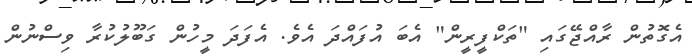
އެގޮތުން ރާއްޖޭގައި "ތަކްފީރީން" އެބަ އުފައްދަ އެވެ. އެފަދަ މީހުން ގަބޫލުކުރާ ވިސްނުން